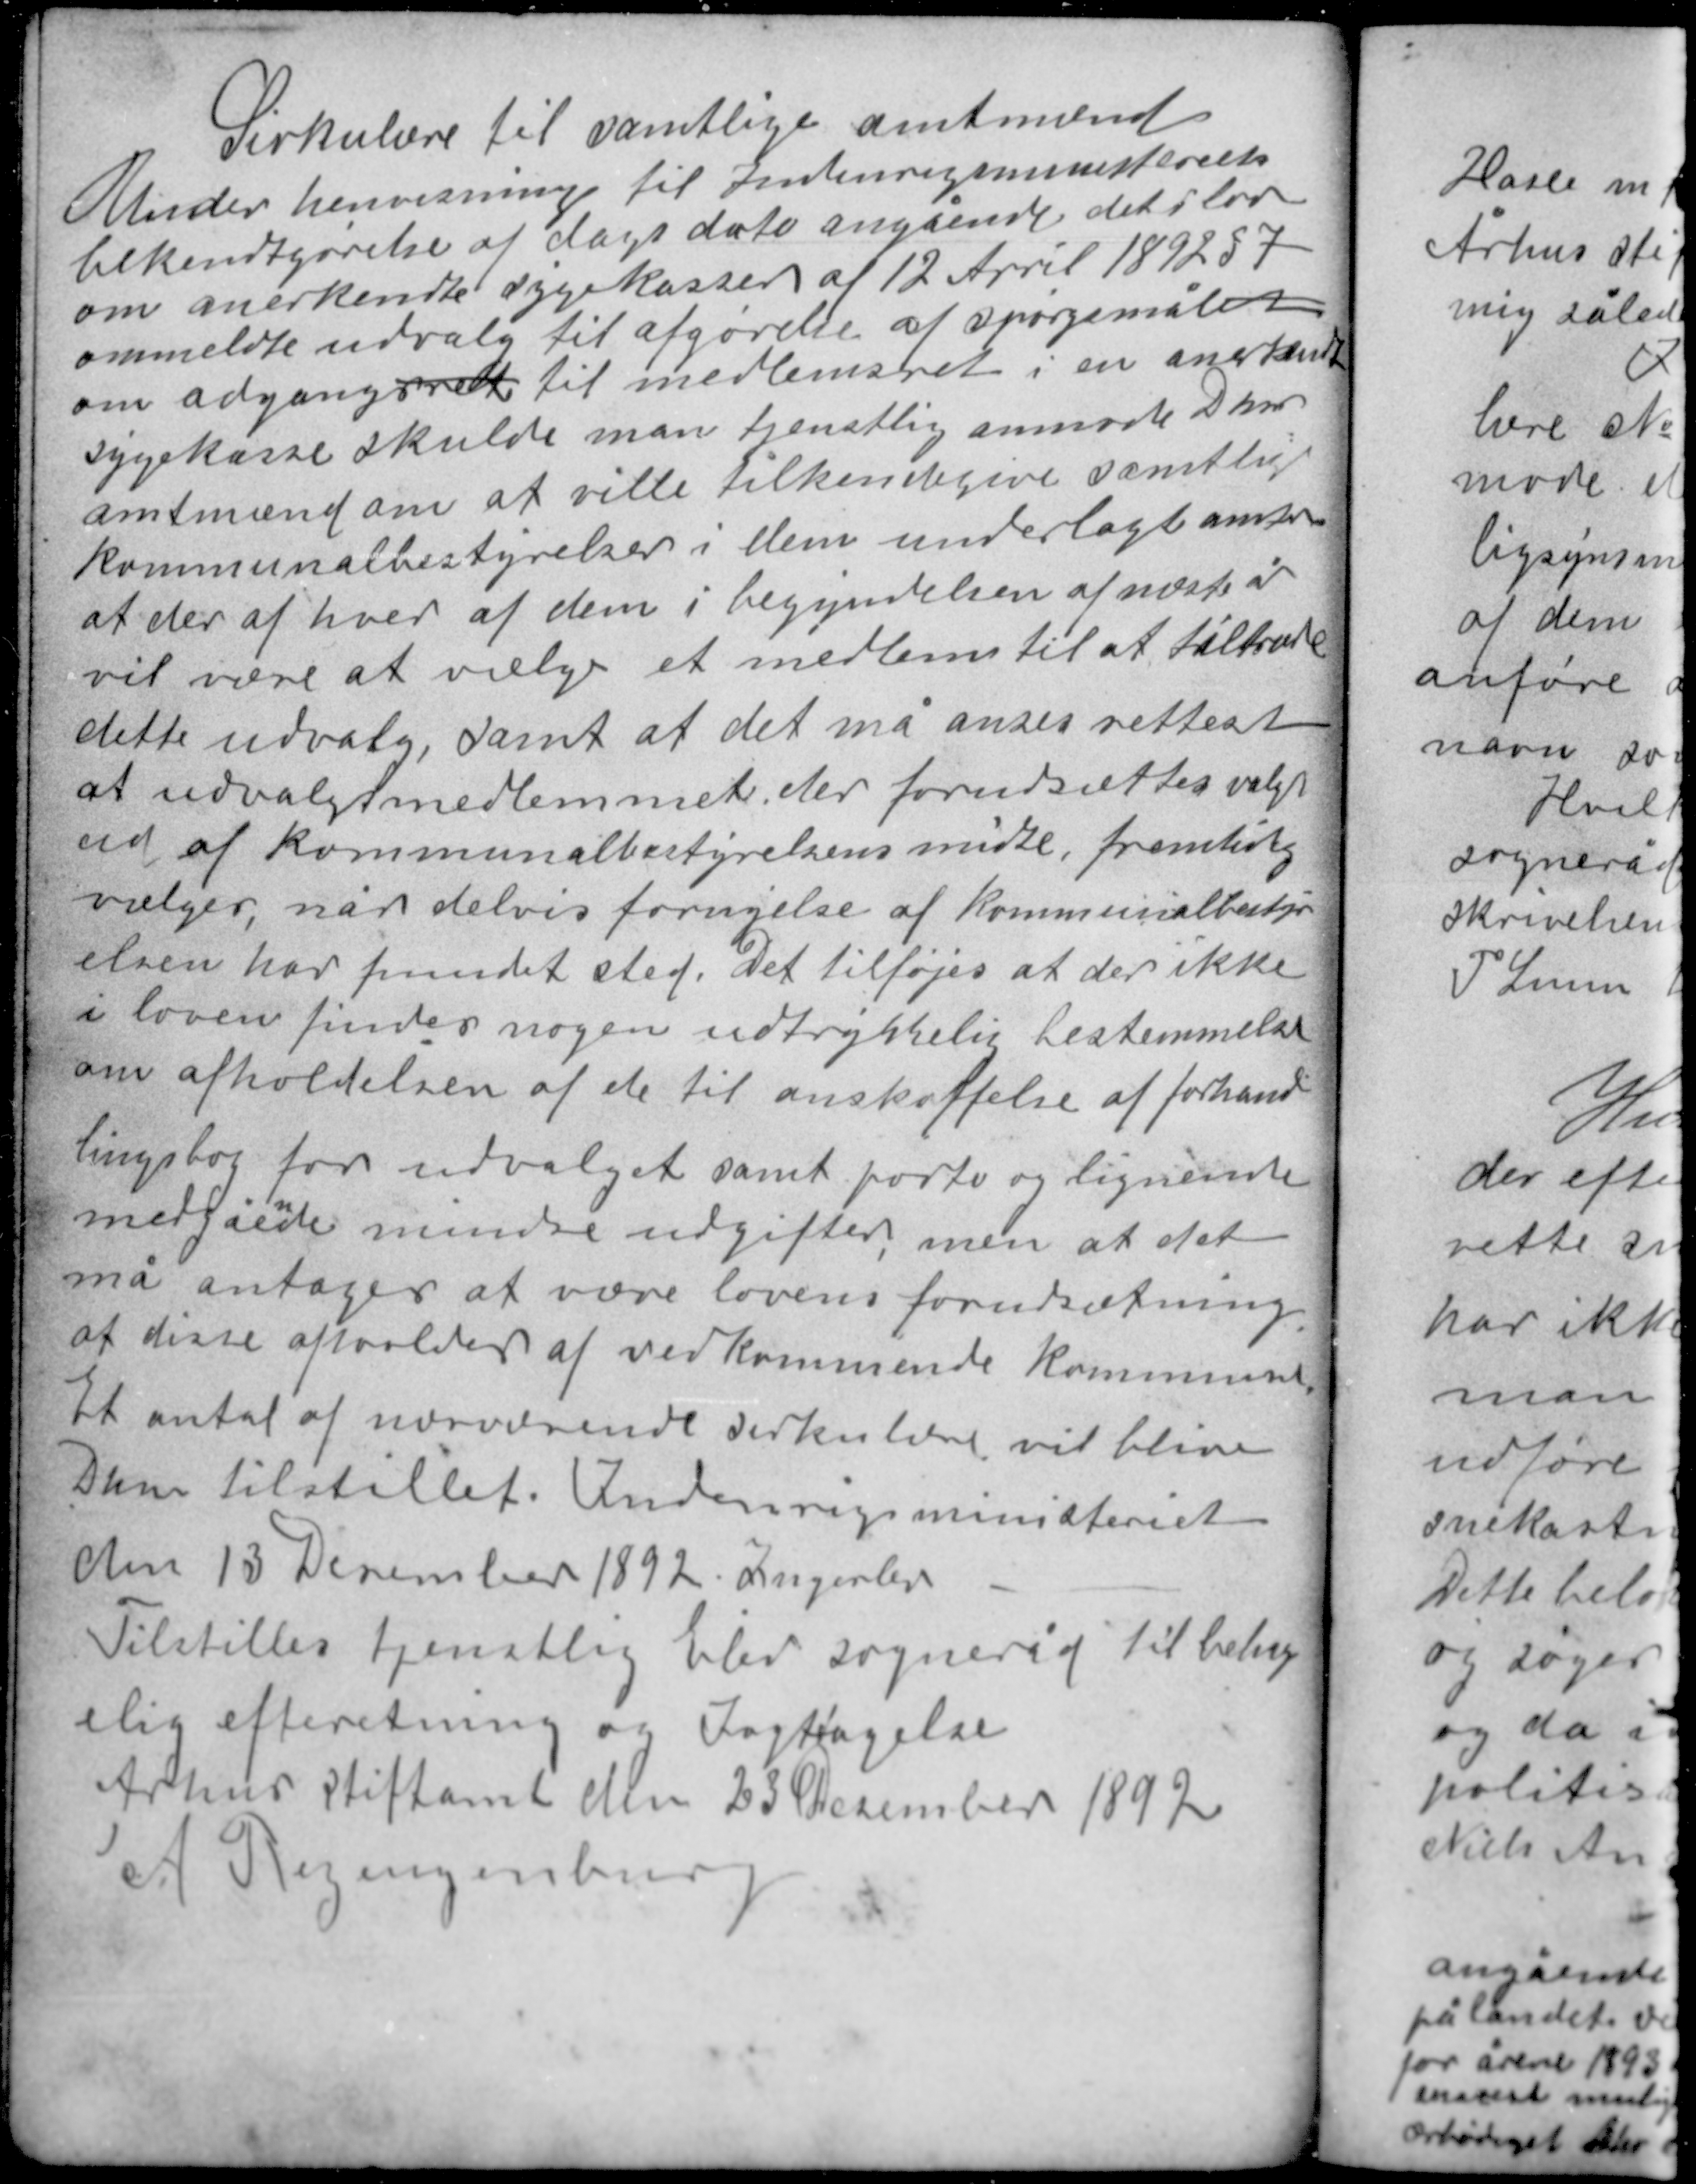
Transskription:
Sirkulære til samtlige amtmænd
Under henvisning til Indenrigsministeriets
bekendtgørelse af dags dato angående det i lov
om anerkendte sygekasser af 12 April 1892 § 7
ommeldte udvalg til afgørelse af spørgsmålet
om adgangsret til medlemsret i en anerkendt
sygekasse skulde man tjenstlig anmode D herre
amtsmænd om at ville tilkendegive samtlige
kommunalbestyrelser i dem underlagte amter
at der af hver af dem i begyndelsen af næste år
vil være at vælge et medlem til at tiltræde
dette udvalg, samt at det må anses rettest
at udvalgsmedlemmet der forudsættes valgt
ud af kommunalbestyrelsens midte, fremtidig
vælges, når delvis fornyelse af kommunalbestyr-
elsen har fundet sted. Det tilføjes at der ikke
i loven findes nogen udtrykkelig bestemmelse
om afholdelsen af de til anskaffelse af forhand-

lingsbog for udvalget samt porto og lignende
n
medgåede mindre udgifter, men at det
må antages at være lovens forudsætning
at disse afholdes af vedkommende kommune.
Et antal af nærværende cirkulære vil blive
D herre tilstillet. Indenrigsministeriet
den 13 December 1892 Ingerby.

Tilstilles tjenstlig Elev sogneråd til behag-
elig efterretning og Iagttagelse
Århus stiftamt den 23 December 1892
A. Regenburg